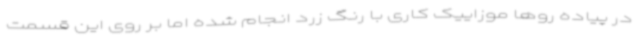
در پیاده روها موزاییک کاری با رنگ زرد انجام شده اما بر روی این قسمت